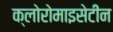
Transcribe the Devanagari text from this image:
क्लोरोमाइसेटीन